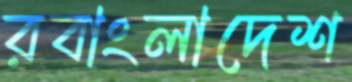
রবাংলাদেশ